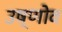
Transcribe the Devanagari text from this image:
उष्णोव